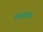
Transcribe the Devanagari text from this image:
यत्स्वयमेव